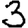
Digit: 3